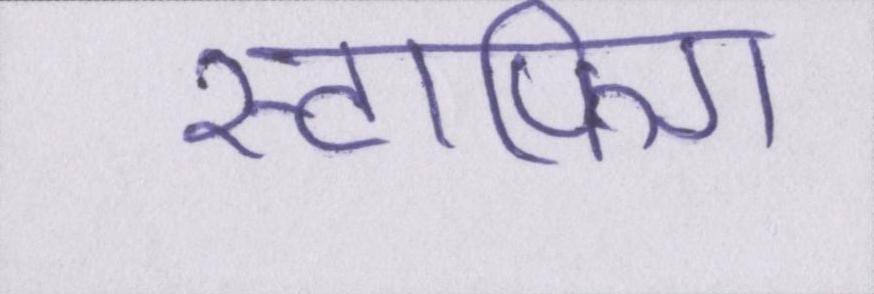
स्टाफिंग